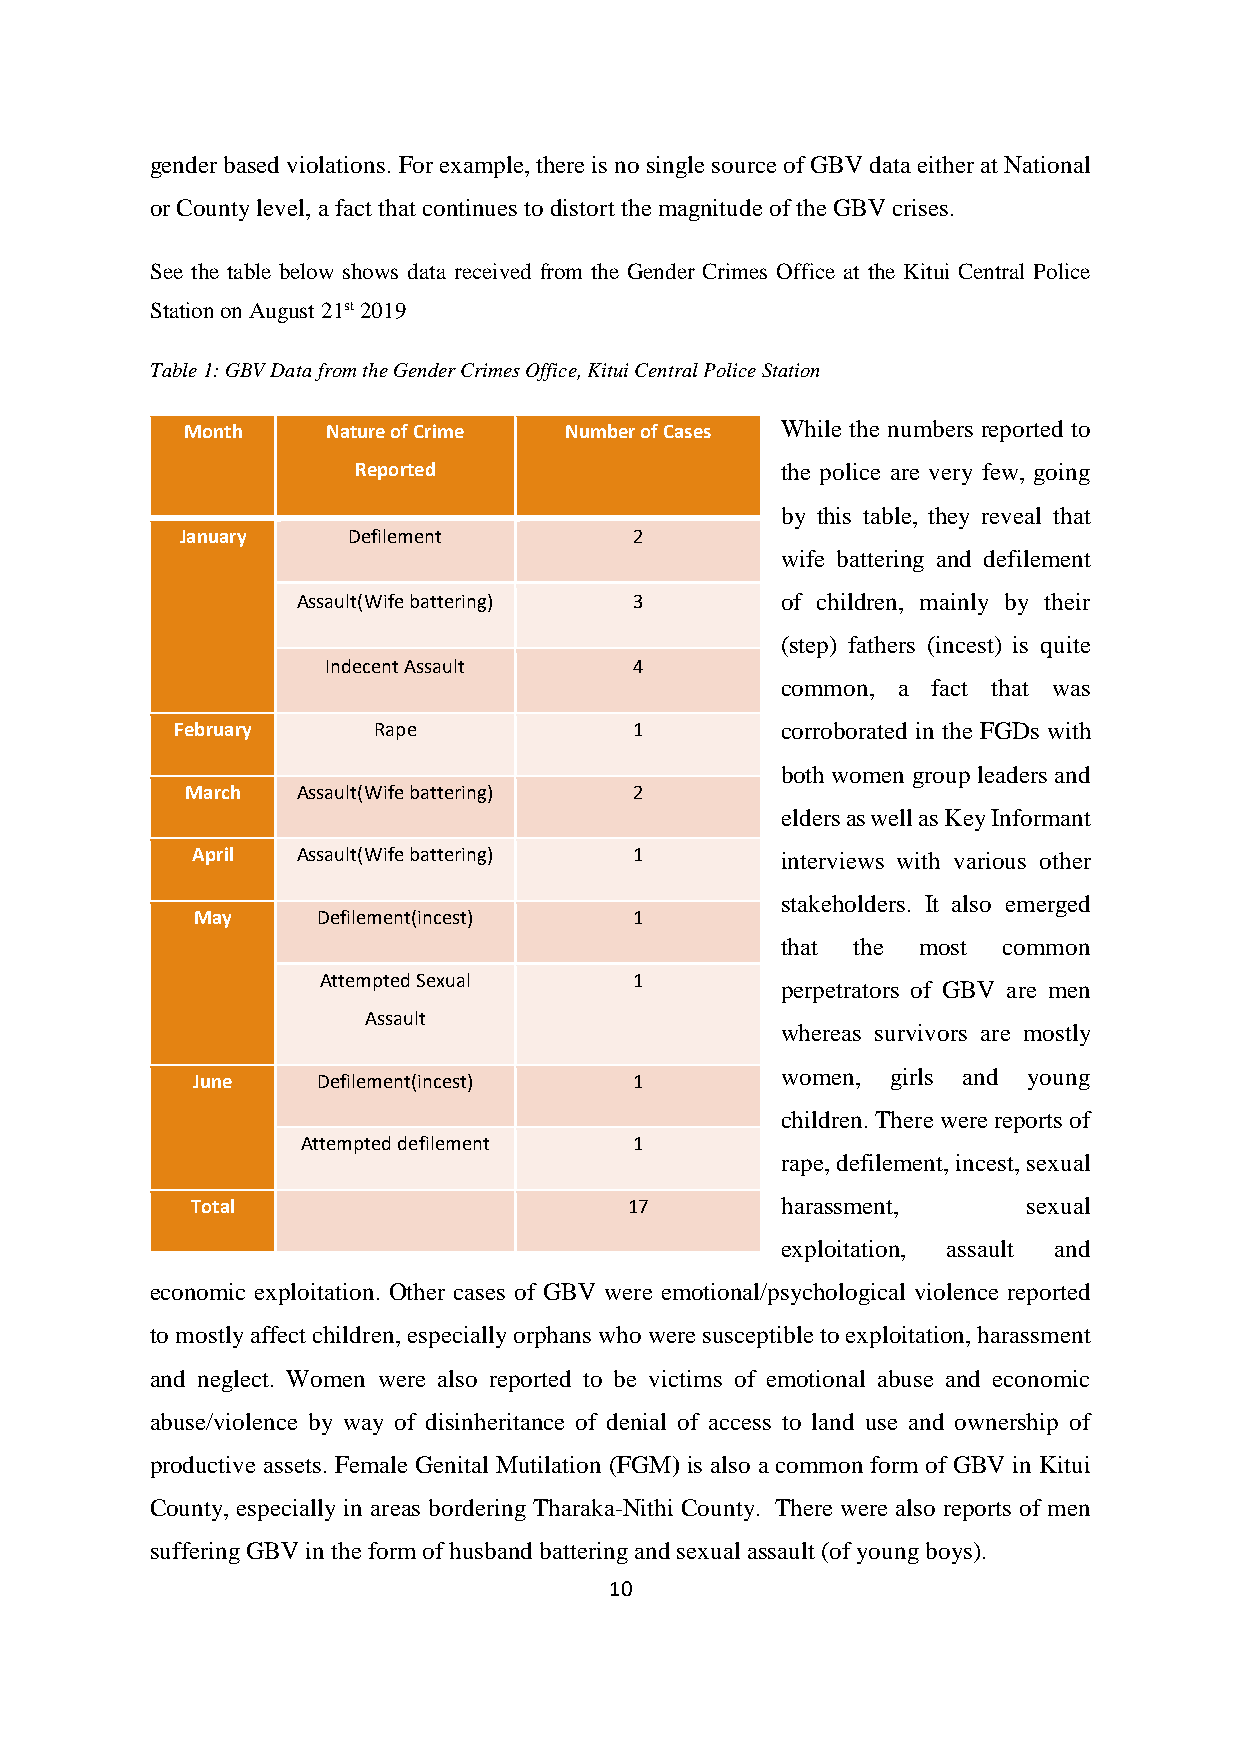
gender based violations. For example, there is no single source of GBV data either at National
 or County level, a fact that continues to distort the magnitude of the GBV crises.
 See the table below shows data received from the Gender Crimes Office at the Kitui Central Police
 Station on August 21st 2019
 Table 1: GBV Data from the Gender Crimes Office, Kitui Central Police Station
 Month     Nature of Crime Number of Cases While the numbers reported to
 Reported                     the police are very few, going
 by this table, they reveal that
 January    Defilement         2
 wife battering and defilement
 Assault(Wife battering) 3       of children, mainly by their
 (step) fathers (incest) is quite
 Indecent Assault    4
 common, a fact that was
 February     Rape             1         corroborated in the FGDs with
 both women group leaders and
 March   Assault(Wife battering) 2
 elders as well as Key Informant
 April  Assault(Wife battering) 1       interviews with various other
 stakeholders. It also emerged
 May     Defilement(incest)   1
 that the most common
 Attempted Sexual     1
 perpetrators of GBV are men
 Assault
 whereas survivors are mostly
 women, girls and young
 June    Defilement(incest)   1
 children. There were reports of
 Attempted defilement  1
 rape, defilement, incest, sexual
 Total                        17        harassment,     sexual
 exploitation, assault and
 economic exploitation. Other cases of GBV were emotional/psychological violence reported
 to mostly affect children, especially orphans who were susceptible to exploitation, harassment
 and neglect. Women were also reported to be victims of emotional abuse and economic
 abuse/violence by way of disinheritance of denial of access to land use and ownership of
 productive assets. Female Genital Mutilation (FGM) is also a common form of GBV in Kitui
 County, especially in areas bordering Tharaka-Nithi County. There were also reports of men
 suffering GBV in the form of husband battering and sexual assault (of young boys).
 10